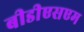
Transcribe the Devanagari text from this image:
बीडीएसएम